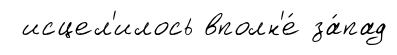
исцел'илось вполн'е́ за́пад